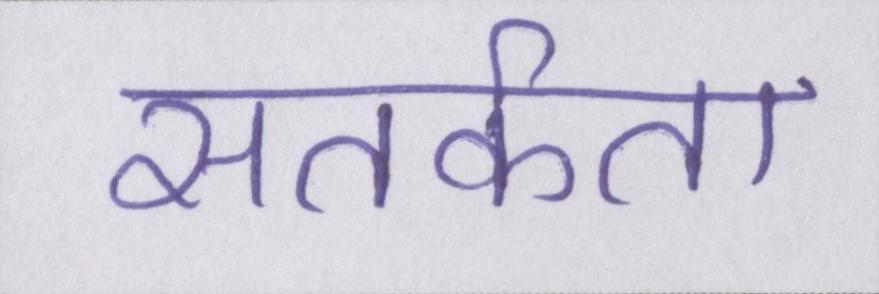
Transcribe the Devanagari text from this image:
सतर्कता